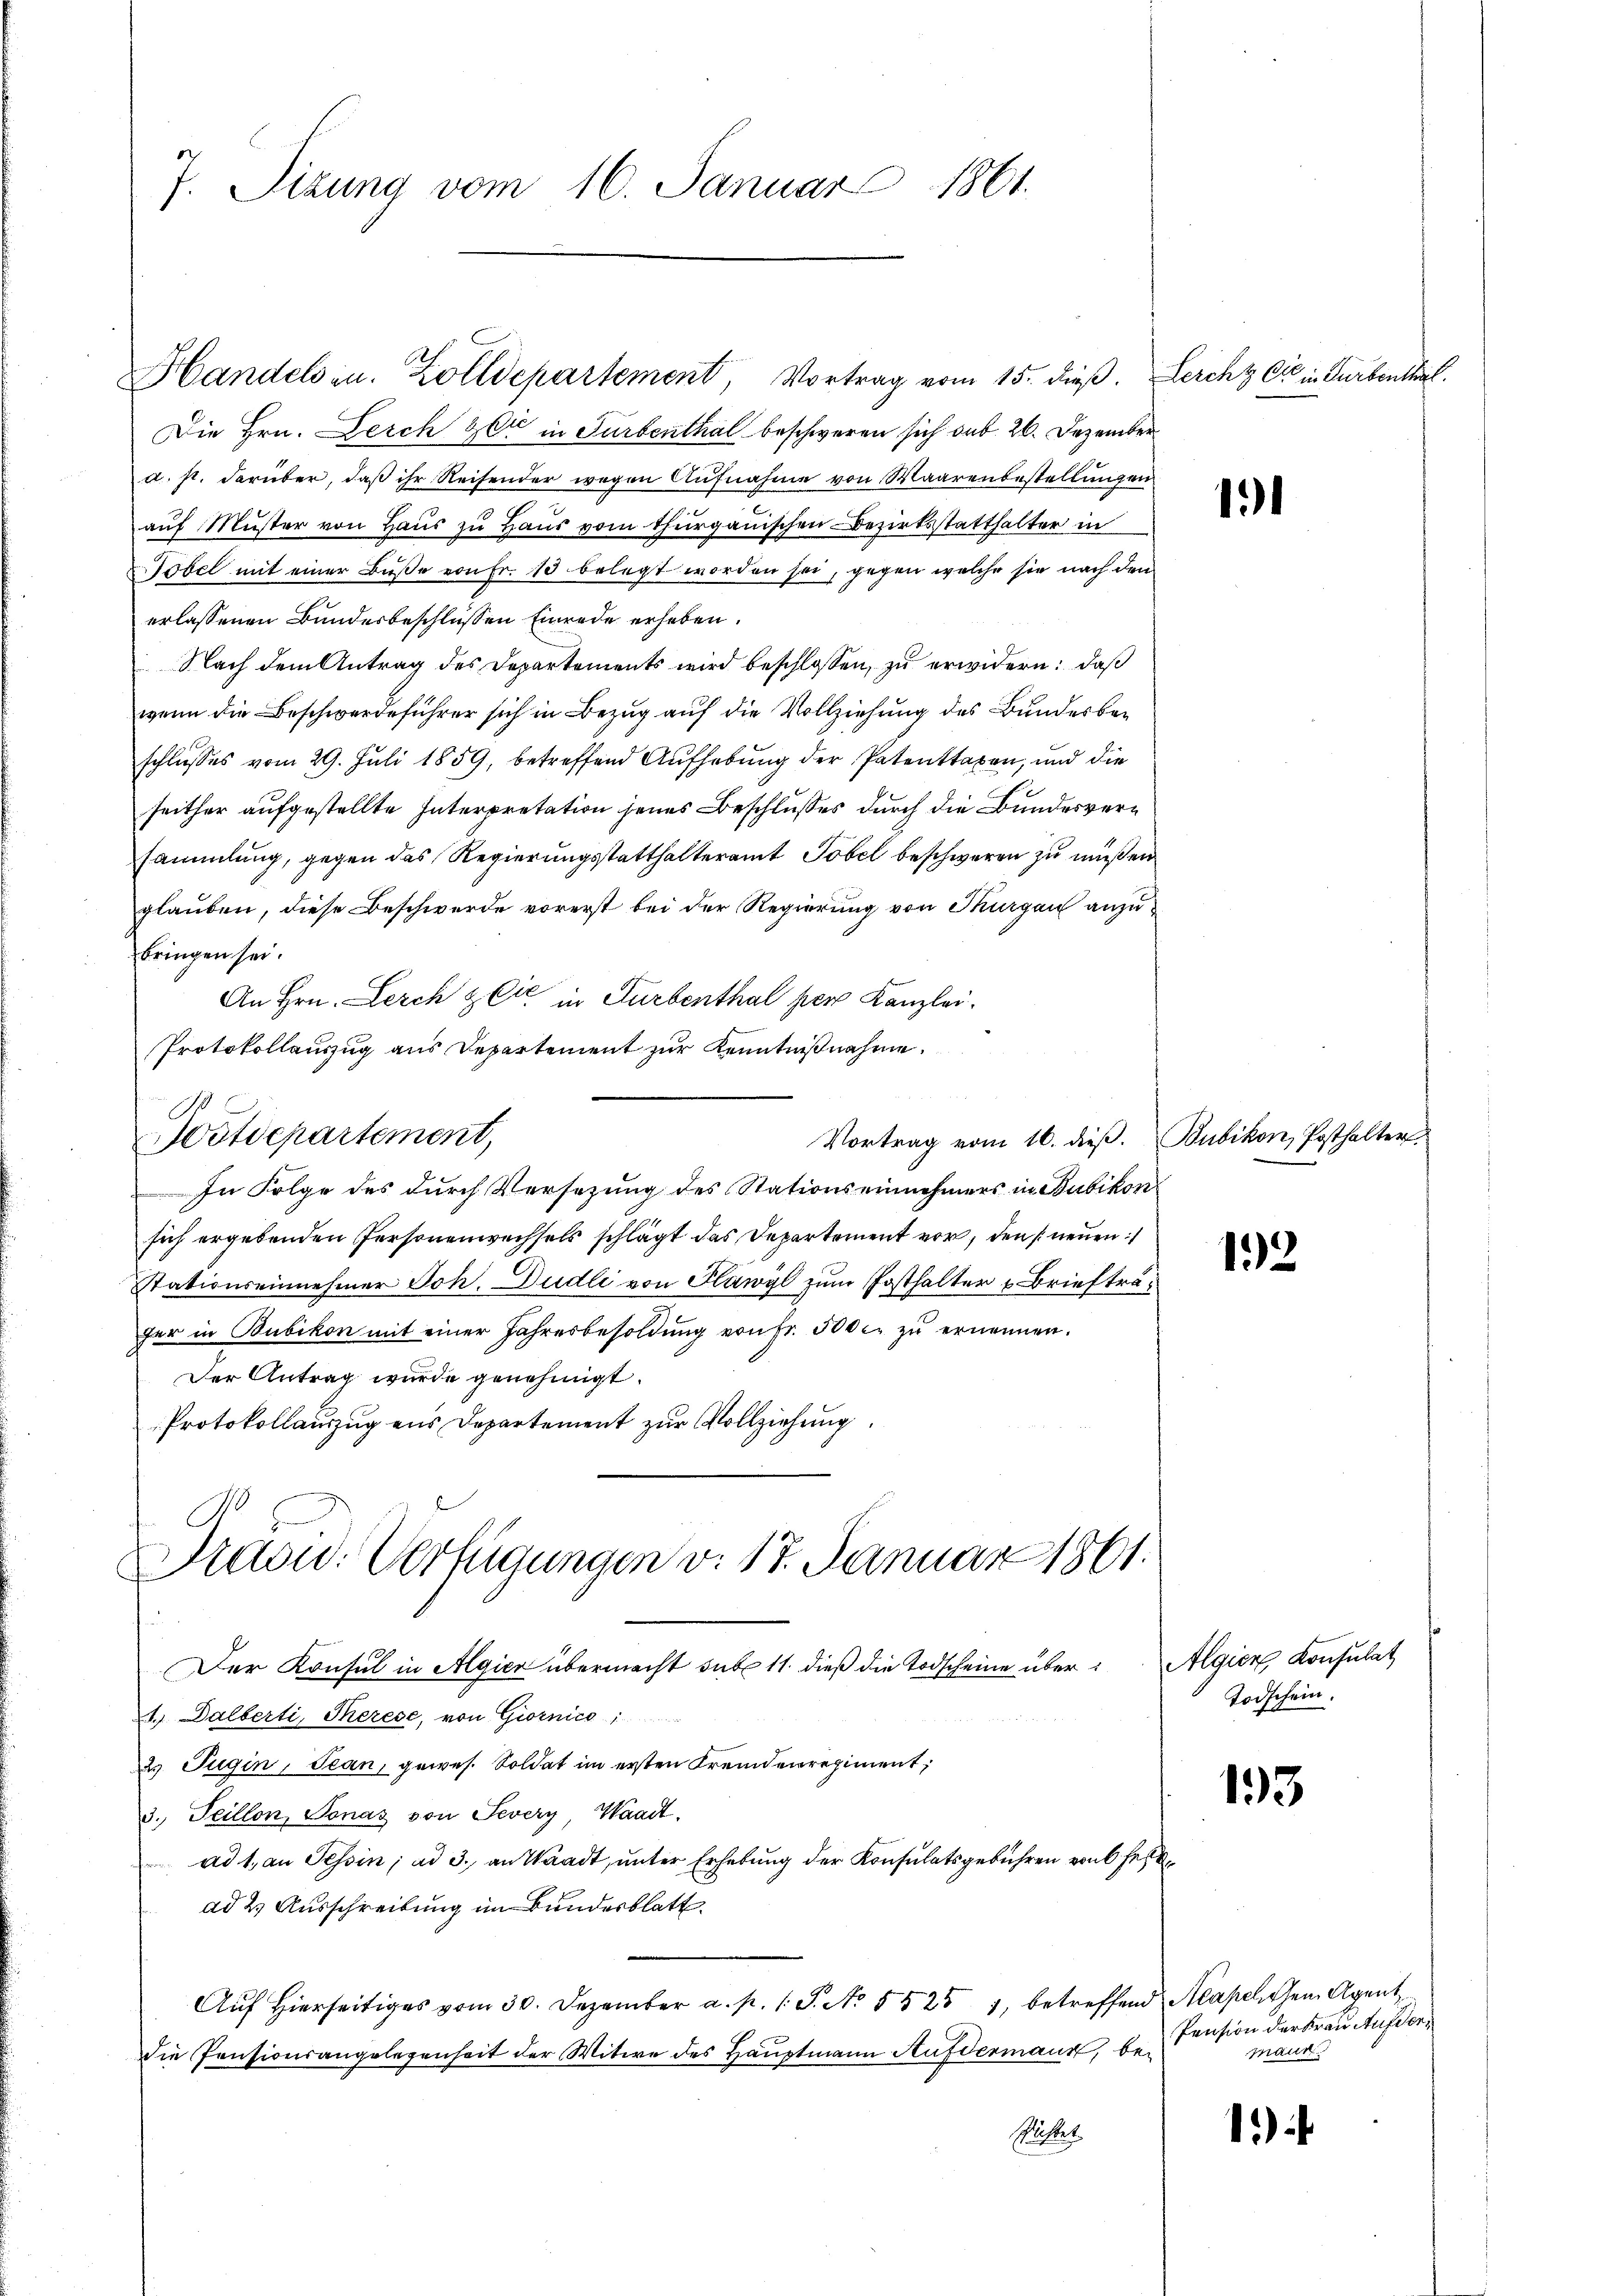
J. Sizung vom 16. Januar 1861.

Handels in Zolldepartement, Vortrag vom 15. dieß. Lercht die in Turbenthal.
Die Hrn. Derch Zeit in Turbenthal beschweren sich sub. 26. Dezember
u. s. darüber, daß ihr Reisender wegen Aufnahme von Waarenbestellungen
auf Muster von Haus zu Haus vom thurgauischen Bezirksstatthalter in
Töbel mit einer Buße von Fr. 13 belegt worden sei, gegen welche sie nach den
erlassenen Bundesbeschlüssen Einrede erheben.
Nach dem Antrag des Departements wird beschlossen, zu erwidern: daß
wenn die Beschwerdeführer sich in Bezug auf die Vollziehung des Bundesbeschlusses vom 29. Juli 1859, betreffend Aufhebung der Patenttaxen, und die
seither aufgestellte Interpretation jenes Beschlußes durch die Bundesversammlung, gegen das Regierungsstatthalteramt Tobel beschweren zu müßen
glauben, diese Beschwerde vorerst bei der Regierung von Thurgau anzubringen sei.
An Hrn. Lerch zeit in Turbenthal per Kanzlei.
Protokollanzug aus Departement zur Kenntnißnahme.

Hötdepartement,
Vortrag vom 16. dieß. Bubikon, Posthalter
In Folge des durch Versetzung des Stationseinnehmers in Bubikon
sich ergebenden Personenwechsels schlägt das Departement vor, den neuen
Stationseinnehmer Joh. Dudli von Flawyl zum Posthalter Briefträger in Bubikon mit einer Jahresbesoldung von Fr. 500 c. zu ernennen.
Der Antrag wurde genehmigt.
Protokollauszug aus Departement zur Vollziehung

Fraow. Verfügungen v. 17. Januar 1861.

Der Konsul in Algier übermacht sub 11. dieß die Todscheine über: Algien Konsulat
1.) Dalberti, Therese, von Giornico,
2 Jugin, Jean, gewes. Soldat im ersten Fremdenregiment,
3. Teillon, Tonas von Severy Waadt.
ad 1. an Tessin; ad 3. an Waadt, unter Erhebung der Konsulatsgebühren von Fest
ad 2. Ausschreibung im Bundesblatt
Aŭf Hierseitiges vom 30. Dezember a. p. 1 S. No. 5525 7, betreffend Aeapelichen Agent
die Pensionsangelegenheit der Witwe des Hauptmann Aufdermaur, beslistet

1

132

Todschein.

193

Pension der Frau Aufdermaur

1)